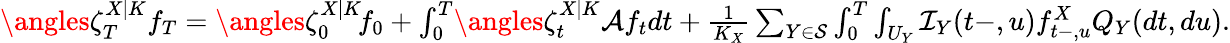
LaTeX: \begin{array}{r}{\angles{\zeta_{T}^{X|K}}{f_{T}}=\angles{\zeta_{0}^{X|K}\! }{f_{0}}+\int_{0}^{T}\! \angles{\zeta_{t}^{X|K}}{\mathcal{A}f_{t}}dt+\frac{1}{K_{X}}\sum_{Y\in\mathcal{S}}\int_{0}^{T}\int_{U_{Y}}\mathcal{I}_{Y}(t-,u)f_{t-,u}^{X}Q_{Y}(dt,du).}\end{array}